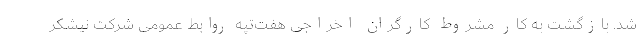
شد. بازگشت به کار مشروط کارگران اخراجی هفت‌تپه روابط عمومی شرکت نیشکر